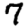
Digit: 7